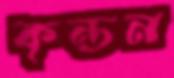
কৃন্তন